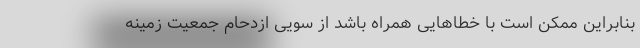
بنابراین ممکن است با خطاهایی همراه باشد از سویی ازدحام جمعیت زمینه